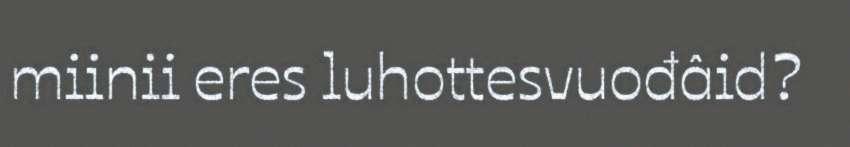
miinii eres luhottesvuođâid?